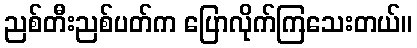
ညစ်တီးညစ်ပတ်က ပြောလိုက်ကြသေးတယ်။